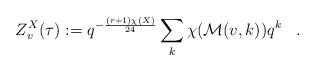
LaTeX: \begin{align*}Z^X_v(\tau):= q^{-{\frac{(r+1)\chi(X)}{24}}}\sum_k \chi({\cal M}(v,k))q^k\;\;\;.\end{align*}